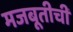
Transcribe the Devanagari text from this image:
मजबूतीची